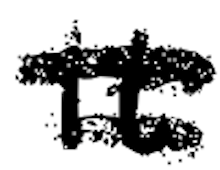
Text: It
Cross-out: double-line
Writing tool: digital_black